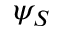
\psi _ { S }